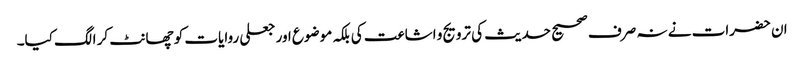
ان حضرات نے نہ صرف صحیح حدیث کی ترویج و اشاعت کی بلکہ موضوع اور جعلی روایات کو چھانٹ کر الگ کیا۔